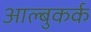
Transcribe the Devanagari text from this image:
आल्बुकर्क